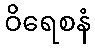
ဝိရေစနံ